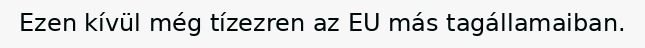
Ezen kívül még tízezren az EU más tagállamaiban.